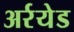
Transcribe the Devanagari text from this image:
अर्रयेड